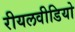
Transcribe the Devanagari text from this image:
रीयलवीडियो